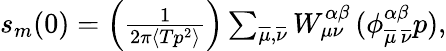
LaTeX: \begin{array}{r}{s_{m}(0)=\left(\frac{1}{2\pi\langle Tp^{2}\rangle}\right)\sum_{\overline{{\mu}},\overline{{\nu}}}W_{{\mu}{\nu}}^{\alpha\beta}\, (\phi_{\overline{{\mu}}\, \overline{{\nu}}}^{\alpha\beta}p),}\end{array}